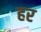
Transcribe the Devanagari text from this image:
हर